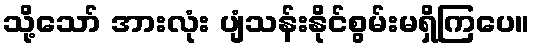
သို့သော် အားလုံး ပျံသန်းနိုင်စွမ်းမရှိကြပေ။